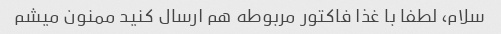
سلام، لطفا با غذا فاکتور مربوطه هم ارسال کنید ممنون میشم